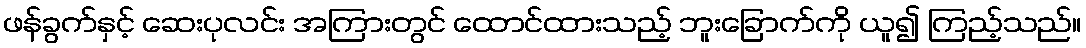
ဖန်ခွက်နှင့် ဆေးပုလင်း အကြားတွင် ထောင်ထားသည့် ဘူးခြောက်ကို ယူ၍ ကြည့်သည်။